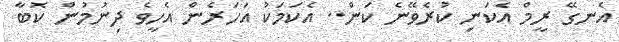
އެނގޭ ރީމް އެކަނި ކުރެވޭނެ ކަން.. އެކަމަކު އަހަރެން އެހީވެ ދިނުމުން ކޮބާ